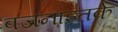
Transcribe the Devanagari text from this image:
वजनाइतके